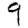
Digit: 9